Indian journal of veterinary science and animal husbandry - Volume 11,
Year: 1941
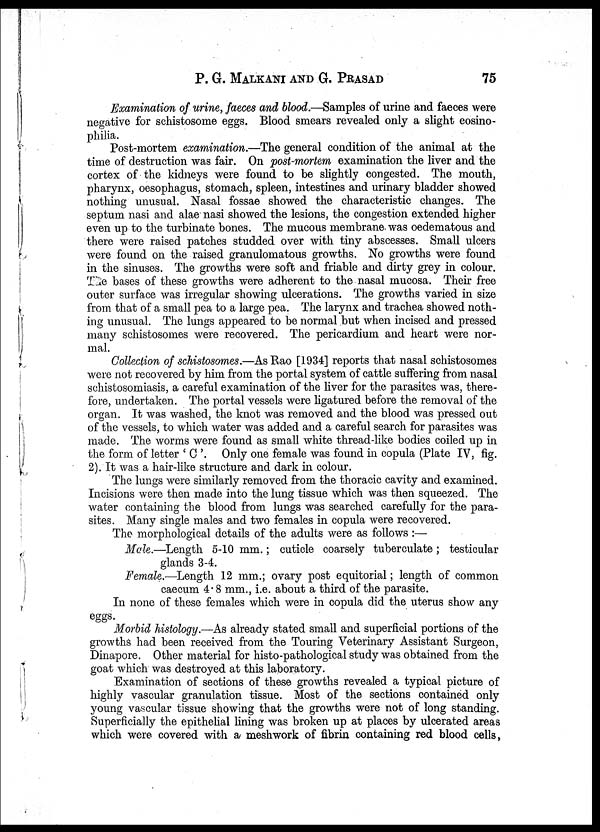
P. G. MALKANI AND G.
PRASAD
75
Examination of urine, faeces and blood. —Samples of urine and faeces were
negative for schistosome eggs. Blood smears revealed only a slight eosino¬
philia.
Post-mortem examination. —The general condition of the animal at the
time of destruction was fair. On post-mortem examination the liver and the
cortex of the kidneys were found to be slightly congested. The mouth,
pharynx, oesophagus, stomach, spleen, intestines and urinary bladder showed
nothing unusual. Nasal fossae showed the characteristic changes. The
septum nasi and alae nasi showed the lesions, the congestion extended higher
even up to the turbinate bones. The mucous membrane was oedematous and
there were raised patches studded over with tiny abscesses. Small ulcers
were found on the raised granulomatous growths. No growths were found
in the sinuses. The growths were soft and friable and dirty grey in colour.
outer surface was irregular showing ulcerations. The growths varied in size
from that of a small pea to a large pea. The larynx and trachea showed noth-
ing unusual. The lungs appeared to be normal but when incised and pressed
many schistosomes were recovered. The pericardium and heart were nor-
mal.
Collection of schistosomes. —As Rao [1934] reports that nasal schistosomes
were not recovered by him from the portal system of cattle suffering from nasal
schistosomiasis, a careful examination of the liver for the parasites was, there-
fore, undertaken. The portal vessels were ligatured before the removal of the
organ. It was washed, the knot was removed and the blood was pressed out
of the vessels, to which water was added and a careful search for parasites was
made. The worms were found as small white thread-like bodies coiled up in
the form of letter ' C '. Only one female was found in copula (Plate IV,
The lungs were similarly removed from the thoracic cavity and examined.
water containing the blood from lungs was searched carefully for the para-
sites. Many single males and two females in copula were recovered.
The morphological details of the adults were as follows :—
Male. —Length 5-10 mm. ; cuticle coarsely tuberculate; testicular
glands 3-4.
Female. —Length 12 mm. ; ovary post equitorial; leng
caecum 4.8 mm. , i. e. about a third of the parasite.
In none of these females which were in copula did the uterus show any
eggs.
Morbid histology. —As already stated small and superficial portions of the
growths had been received from the Touring Veterinary Assistant Surgeon,
Dinapore. Other material for histo-pathological study was obtained from the
goat which was destroyed at this laboratory.
Examination of sections of these growths revealed a typical picture of
highly vascular granulation tissue. Most of the sections contained only
young vascular tissue showing that the growths were not of long standing.
which were covered with a meshwork of fibrin containing red blood cells,